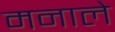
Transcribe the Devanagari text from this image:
मनाले